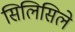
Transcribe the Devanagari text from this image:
सिलिसिले